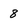
Character: 8